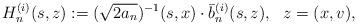
LaTeX: \begin{align*}H^{(i)}_n(s,z):=(\sqrt{2a_n})^{-1}(s,x)\cdot\bar b^{(i)}_n(s,z),\ \ z=(x,v),\end{align*}